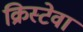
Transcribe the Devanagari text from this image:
क्रिस्टेवा